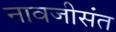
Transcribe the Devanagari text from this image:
नावजीसंत